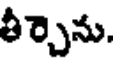
తీర్చెను.